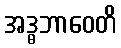
အဒ္ဓဘာဝေတိ